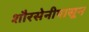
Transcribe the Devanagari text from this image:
शौरसेनीपासून